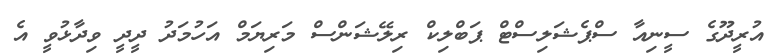
އުރީދޫގެ ސީނިއާ ސްޕެޝަލިސްޓް ޕަބްލިކް ރިލޭޝަންސް މަރިޔަމް އަހުމަދު ދީދީ ވިދާޅުވީ އެ